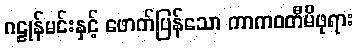
ဂဠုန်မင်းနှင့် ဖောက်ပြန်သော ကာကဝတီမိဖုရား